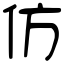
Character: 仿